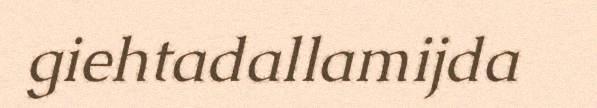
giehtadallamijda